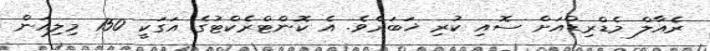
ރެއާލް މެޑްރިޑްއަށް ސޮއި ކުރި ޚަބަރެވެ. އެ ކޮންޓްރެކްޓުގެ އަގަކީ 150 މިލިއަން